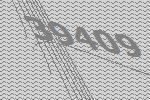
39409